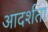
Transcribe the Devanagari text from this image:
आदर्शता